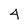
Character: 4